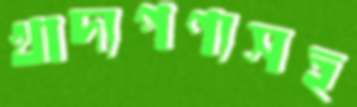
খাদ্যপণ্যসহ